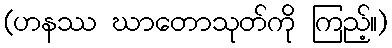
(ဟနဿ ဃာတောသုတ်ကို ကြည့်။)